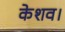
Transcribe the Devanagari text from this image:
केशव।